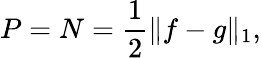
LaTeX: P=N=\frac 12\| f-g\| _{1},